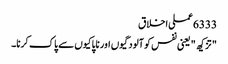
6333 عملی اخلاق
" تزکیھ " یعنی نفس کو آلودگیوں اور ناپاکیوں سے پاک کرنا۔